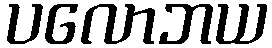
ပလောဘယ